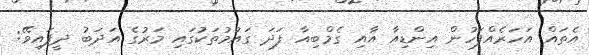
އެތައް އަހަރެއްފަހުން އިންޑިއާ އާއި ގެމްބިއާ ފަދަ ގައުމުތަކުގައި މަރުގެ އަދަބު ދީފައިވޭ: